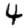
Digit: 4